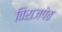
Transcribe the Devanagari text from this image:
विराजपेठ